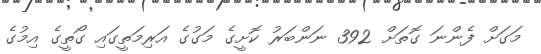
މަގަށް ފެންނަ ގޮތަށް 392 ނަންބަރު ކޮށީގެ މަގުގެ އަރިމަތީގައި ގޯތީގެ އިމުގެ